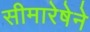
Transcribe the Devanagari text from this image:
सीमारेषेने